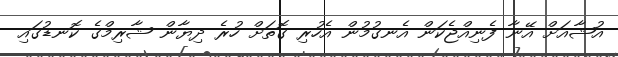
އުޝާއަށް އޭނާ ފެނިއްޖެކަން އެނގުމުން އެހުރި ގޮތަށް ހުރެ ދިޔާން ޝާރިމްގެ ކޮނޑުގައި